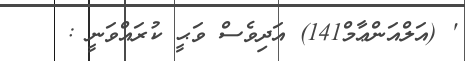
' (އަލްއަންޢާމް141) އަދިވެސް ވަޙީ ކުރައްވަނީ :